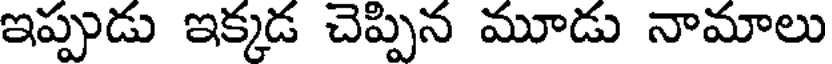
ఇప్పుడు ఇక్కడ చెప్పిన మూడు నామాలు